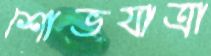
শোভযাত্রা